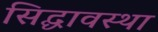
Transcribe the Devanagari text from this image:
सिद्घावस्था